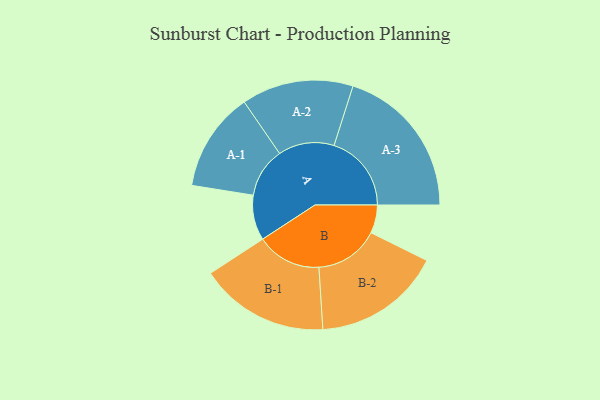
{"axis": {"x": "Segment", "y": "Value"}, "legend": ["", "A", "B"], "data": [{"x": "A", "y": 168, "type": ""}, {"x": "B", "y": 105, "type": ""}, {"x": "A-1", "y": 185, "type": "A"}, {"x": "A-2", "y": 208, "type": "A"}, {"x": "A-3", "y": 288, "type": "A"}, {"x": "B-1", "y": 241, "type": "B"}, {"x": "B-2", "y": 239, "type": "B"}]}